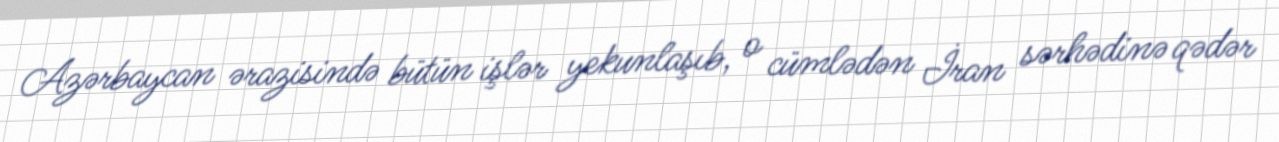
Azərbaycan ərazisində bütün işlər yekunlaşıb, o cümlədən İran sərhədinə qədər